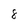
Character: 8